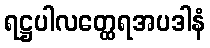
ရဋ္ဌပါလတ္ထေရအပဒါနံ